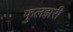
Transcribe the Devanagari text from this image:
फुलझरी